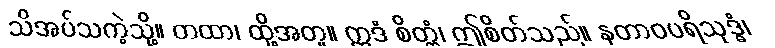
သိအပ်သကဲ့သို့။ တထာ၊ ထို့အတူ။ ဣဒံ စိတ္တံ၊ ဤစိတ်သည်။ နတာဝပရိသုဒ္ဓံ၊